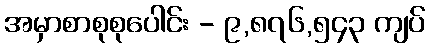
အမှာစာစုစုပေါင်း - ၉,၈၇၆,၅၄၃ ကျပ်